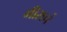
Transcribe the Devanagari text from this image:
मीराचं